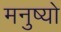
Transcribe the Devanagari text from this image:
मनुष्‍यो